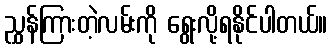
ညွှန်ကြားတဲ့လမ်းကို ရွေးလို့ရနိုင်ပါတယ်။